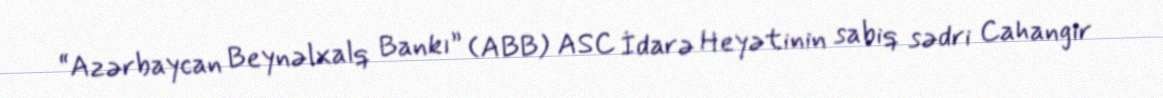
“Azərbaycan Beynəlxalq Bankı” (ABB) ASC İdarə Heyətinin sabiq sədri Cahangir